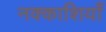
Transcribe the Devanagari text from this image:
नक्काशियाँ